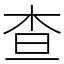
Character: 查